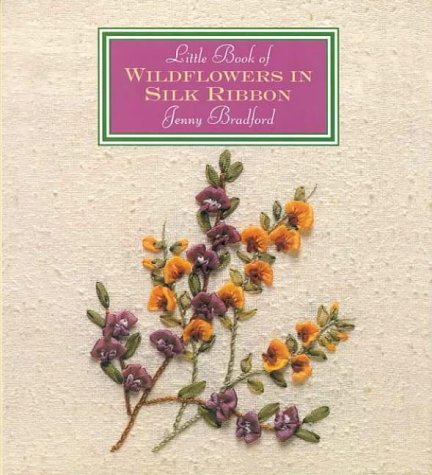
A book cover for Little Book Of Wildflowers In Silk Ribbon (Little Book Craft); Jenny Bradford; Crafts, Hobbies & Home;